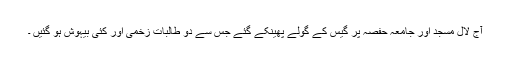
آج لال مسجد اور جامعہ حفصہ پر گیس کے گولے پھینکے گئے جس سے دو طالبات زخمی اور کئی بیہوش ہو گئیں ۔